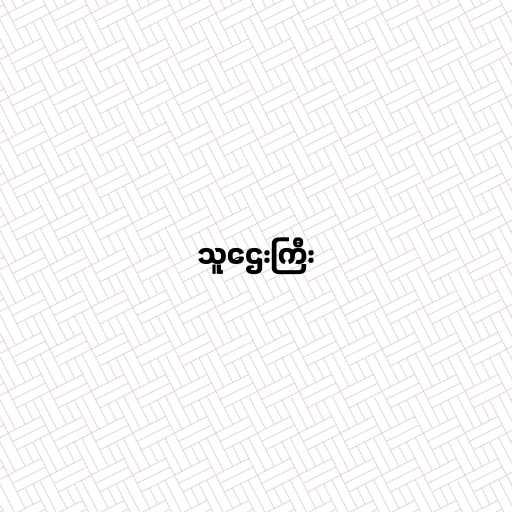
သူဌေးကြီး